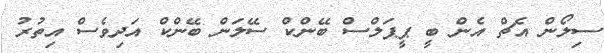
ސިލޯން އެޗް އެން ބީ ޕީޕަލްސް ބޭންކް ސޭލަން ބޭންކް އަދިވެސް އިތުރު